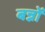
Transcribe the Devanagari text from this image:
बन्नों